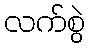
လက်စွဲ